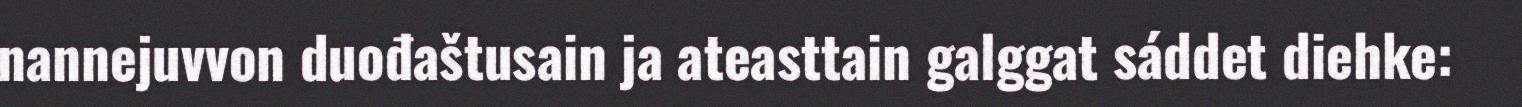
nannejuvvon duođaštusain ja ateasttain galggat sáddet diehke: